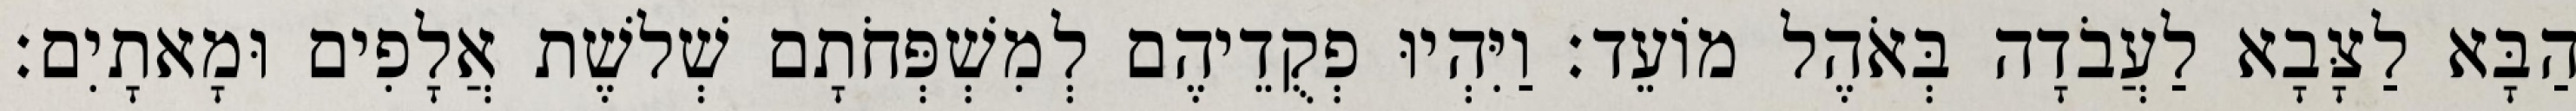
הַבָּא לַצָּבָא לַעֲבֹדָה בְּאֹהֶל מוֹעֵד׃ וַיִּהְיוּ פְקֻדֵיהֶם לְמִשְׁפְּחֹתָם שְׁלשֶׁת אֲלָפִים וּמָאתָיִם׃